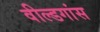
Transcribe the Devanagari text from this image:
वील्डगांस